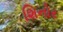
શિનોર